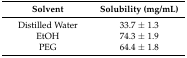
<table><thead><tr><td><b>Solvent</b></td><td><b>Solubility (mg/mL)</b></td></tr></thead><tbody><tr><td>Distilled Water</td><td>33.7 ± 1.3</td></tr><tr><td>EtOH</td><td>74.3 ± 1.9</td></tr><tr><td>PEG</td><td>64.4 ± 1.8</td></tr></tbody></table>